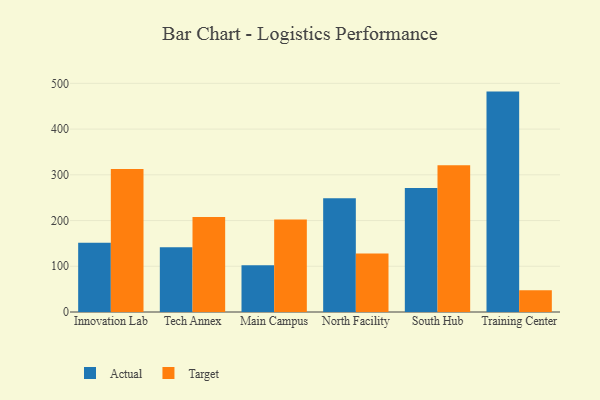
{"axis": {"x": "Campus", "y": "Active Users"}, "legend": ["Actual", "Target"], "data": [{"x": "Innovation Lab", "y": 151.5, "type": "Actual"}, {"x": "Innovation Lab", "y": 313.0, "type": "Target"}, {"x": "Tech Annex", "y": 141.6, "type": "Actual"}, {"x": "Tech Annex", "y": 207.9, "type": "Target"}, {"x": "Main Campus", "y": 102.2, "type": "Actual"}, {"x": "Main Campus", "y": 202.3, "type": "Target"}, {"x": "North Facility", "y": 249.0, "type": "Actual"}, {"x": "North Facility", "y": 127.7, "type": "Target"}, {"x": "South Hub", "y": 271.1, "type": "Actual"}, {"x": "South Hub", "y": 320.7, "type": "Target"}, {"x": "Training Center", "y": 482.0, "type": "Actual"}, {"x": "Training Center", "y": 47.8, "type": "Target"}]}